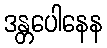
ဒန္တပေါနေန